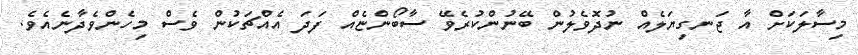
މިސާލަކަށް އާ ޖަނގިޔަލެއް ނުދޮވެލުން ބޭނުންކުރެވޭ ސާބޯންޏެއް ފަދަ އެއްޗަކުން ވެސް މިހެންވެދާނެއެވެ.